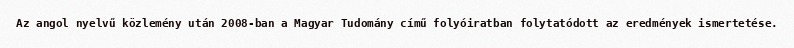
Az angol nyelvű közlemény után 2008-ban a Magyar Tudomány című folyóiratban folytatódott az eredmények ismertetése.